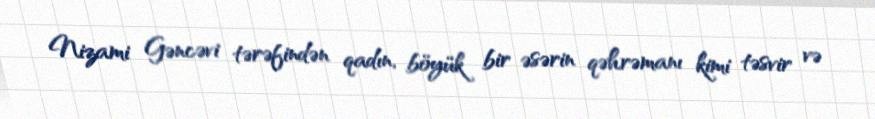
Nizami Gəncəvi tərəfindən qadın, böyük bir əsərin qəhrəmanı kimi təsvir və